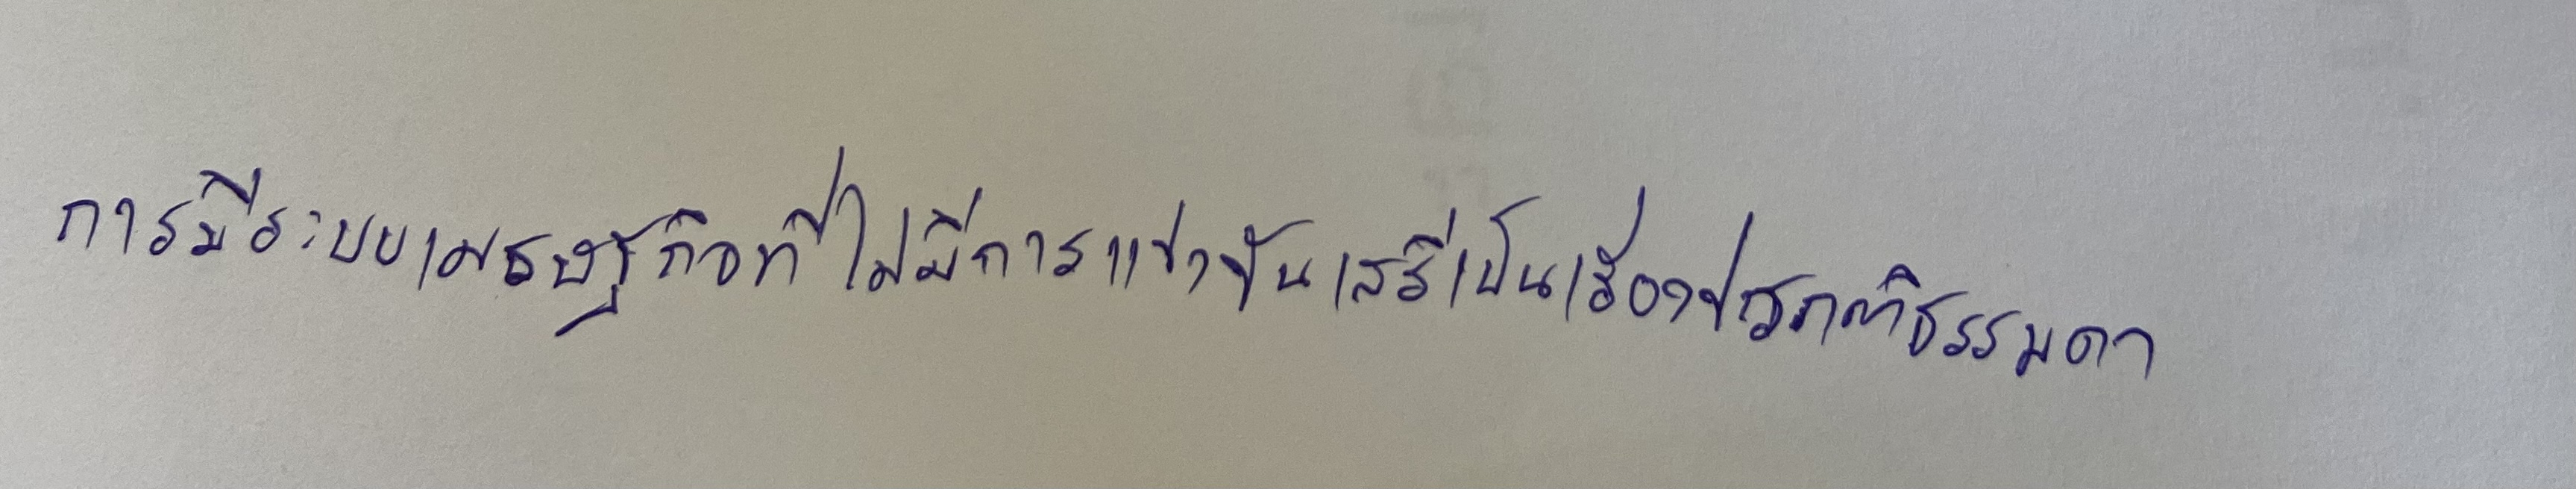
การมีระบบเศรษฐกิจที่ไม่มีการแข่งขันเสรีเป็นเรื่องปรกติธรรมดา